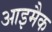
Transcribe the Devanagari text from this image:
आइमैक